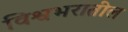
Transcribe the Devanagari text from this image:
विश्वभरातील